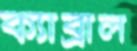
ক্যাব্রাল